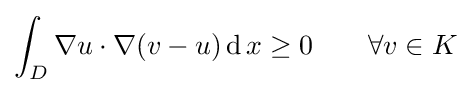
\int _{D}{\nabla u}\cdot {\nabla (v-u)}\operatorname {d} x\geq 0\qquad \forall v\in K